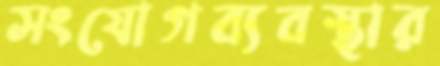
সংযোগব্যবস্থার